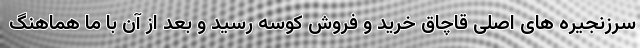
سرزنجیره های اصلی قاچاق خرید و فروش کوسه رسید و بعد از آن با ما هماهنگ